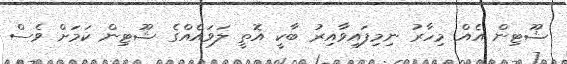
ޝޫޓިން އެއް މިހާރު ނިމިފައިވާއިރު ބާކީ އޮތީ ލަވައެއްގެ ޝޫޓިން ކަމަށް ވެސް